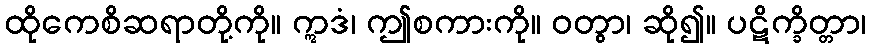
ထိုကေစိဆရာတို့ကို။ ဣဒံ၊ ဤစကားကို။ ဝတွာ၊ ဆို၍။ ပဋိက္ခိတ္တာ၊